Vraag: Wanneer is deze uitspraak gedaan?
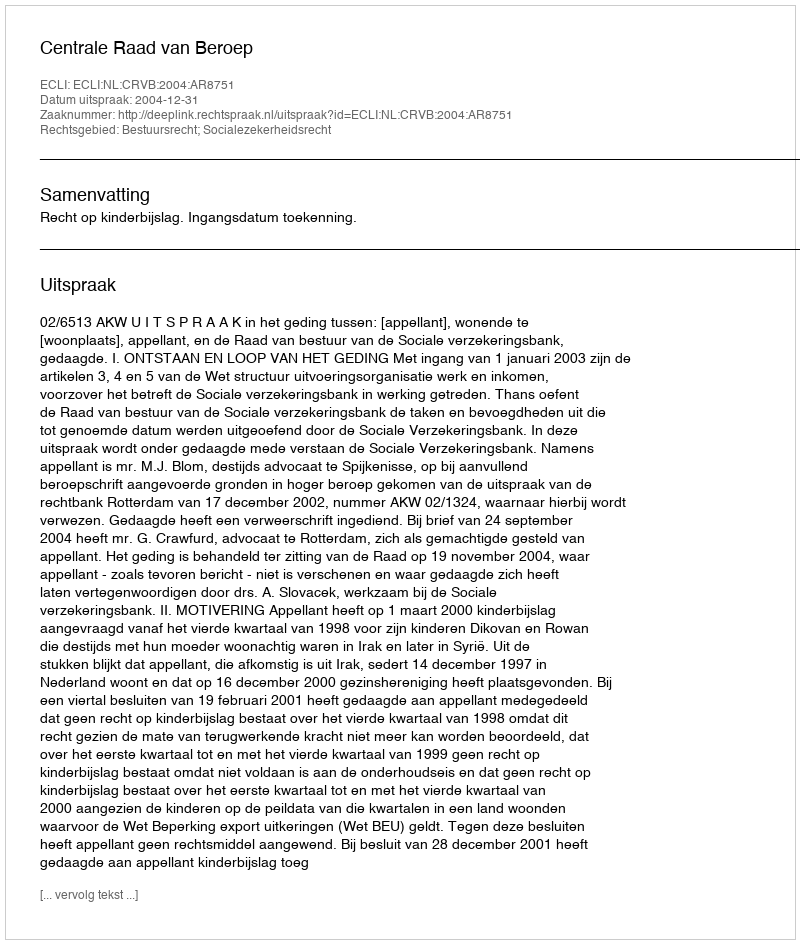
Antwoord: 2004-12-31